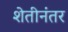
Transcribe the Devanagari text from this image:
शेतीनंतर